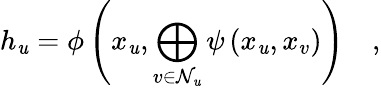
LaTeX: h_{\mathit{u}}=\phi\left(x_{\mathit{u}},\bigoplus_{v\in\mathcal{{N}}_{\mathit{u}}}\psi\left(x_{\mathit{u}},x_{v}\right)\right)\quad,